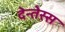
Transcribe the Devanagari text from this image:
देन्तेस्स